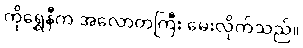
ကိုရွှေနီက အလောတကြီး မေးလိုက်သည်။